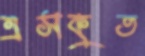
এসকুত